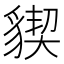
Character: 䝟